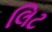
લિટ